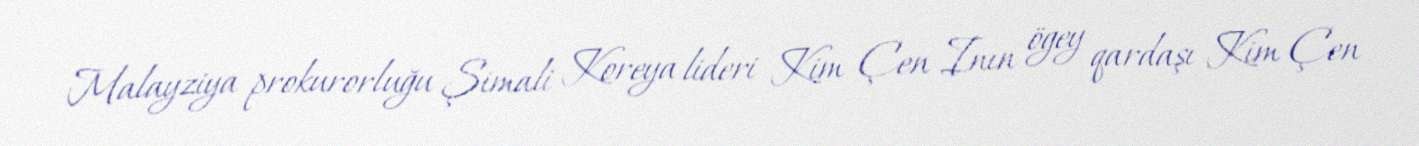
Malayziya prokurorluğu Şimali Koreya lideri Kim Çen Inın ögey qardaşı Kim Çen